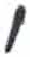
אות: י